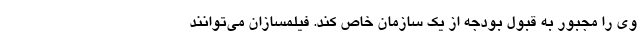
وی را مجبور به قبول بودجه از یک سازمان خاص کند. فیلمسازان می‌توانند